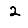
Digit: 2